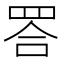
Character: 𦊴